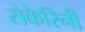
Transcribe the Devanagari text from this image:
सेकेरिनी